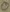
Text: 0